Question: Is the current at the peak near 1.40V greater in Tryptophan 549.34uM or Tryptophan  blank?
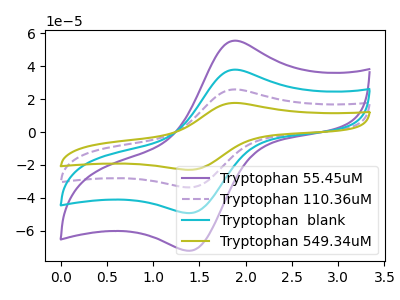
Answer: <think>The purple curve "Tryptophan 55.45uM" has an anodic peak at (1.90V, 55.50uA) and a cathodic peak at (1.40V, -72.15uA). The purple dashed curve "Tryptophan 110.36uM" has an anodic peak at (1.90V, 75.80uA) and a cathodic peak at (1.40V, -98.55uA). The cyan curve "Tryptophan  blank" has an anodic peak at (1.90V, 37.90uA) and a cathodic peak at (1.40V, -49.25uA). The olive curve "Tryptophan 549.34uM" has an anodic peak at (1.90V, 113.65uA) and a cathodic peak at (1.40V, -147.80uA).</think>
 <answer>The peak at 1.40V is higher in "Tryptophan 549.34uM" than in "Tryptophan  blank".</answer>
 <eval>higher</eval>